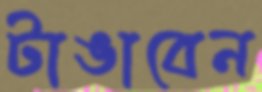
টাঙাবেন